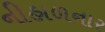
નીહાળનાર